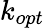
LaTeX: k_{opt}